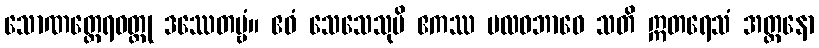
သောဏတ္ထေရဝတ္ထု ဒဿေတဗ္ဗံ။ ဧဝံ သေသေသုပိ ဧကဿ ဗလဝဘာဝေ သတိ ဣတရေသံ အတ္တနော